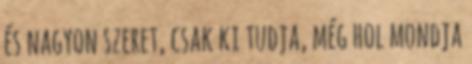
és nagyon szeret, csak ki tudja, még hol mondja